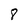
Character: 8